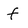
Character: f